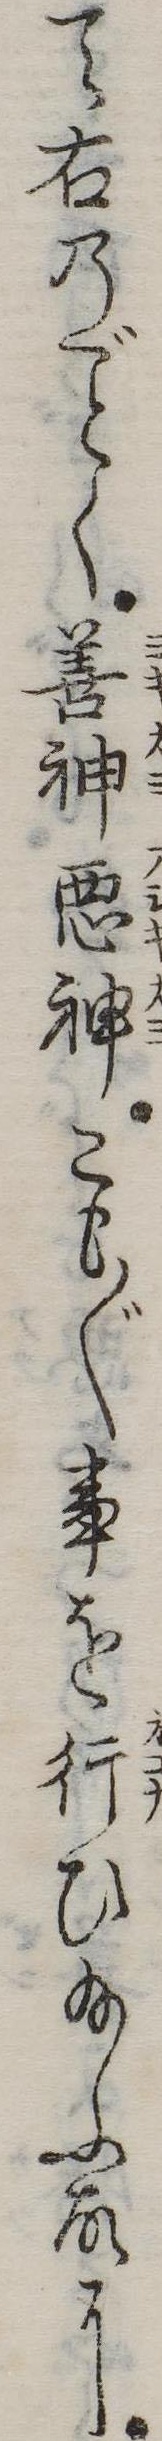
て右のく善神悪神こも〲事を行ひ給ふ故に